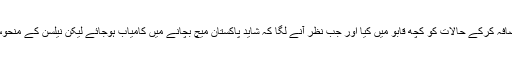
اس مرحلے پر مصباح الحق اور اظہر علی نے 56 رنز کا اضافہ کرکے حالات کو کچھ قابو میں کیا اور جب نظر آنے لگا کہ شاید پاکستان میچ بچانے میں کامیاب ہوجائے لیکن نیلسن کے منحوس ہندسے تک پہنچتے ہی پاکستان کو فیصلہ کن ضربیں لگیں۔